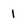
Character: I